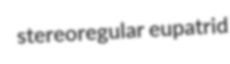
stereoregular eupatrid